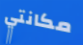
مكانتي